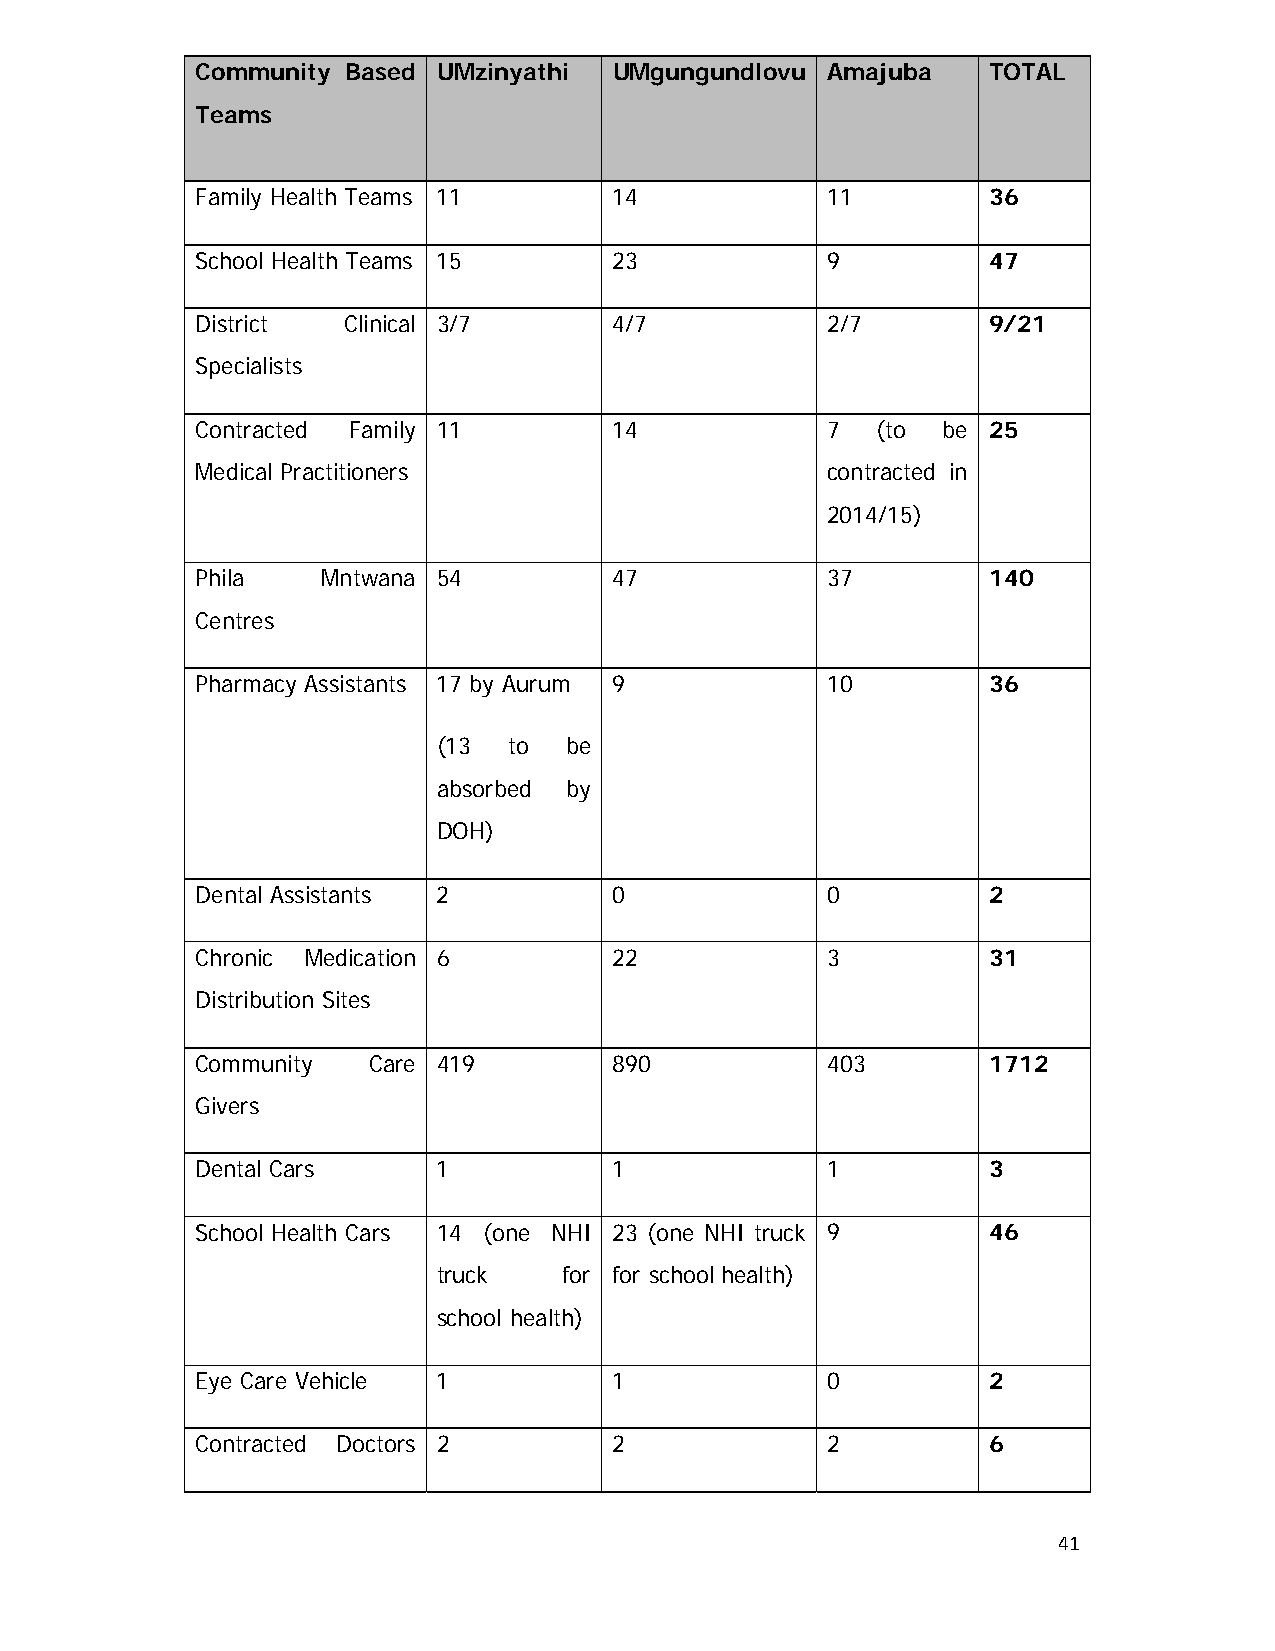
Community Based UMzinyathi  UMgungundlovu Amajuba   TOTAL
 Teams
 Family Health Teams 11      14            11        36
 School Health Teams 15      23            9         47
 District  Clinical 3/7      4/7           2/7       9/21
 Specialists
 Contracted Family 11        14            7  (to be 25
 Medical Practitioners                     contracted in
 2014/15)
 Phila   Mntwana 54          47            37        140
 Centres
 Pharmacy Assistants 17 by Aurum 9         10        36
 (13  to be
 absorbed by
 DOH)
 Dental Assistants 2         0             0         2
 Chronic Medication 6        22            3         31
 Distribution Sites
 Community  Care 419         890           403       1712
 Givers
 Dental Cars     1           1             1         3
 School Health Cars 14 (one NHI 23 (one NHI truck 9  46
 truck   for for school health)
 school health)
 Eye Care Vehicle 1          1             0         2
 Contracted Doctors 2        2             2         6
 41